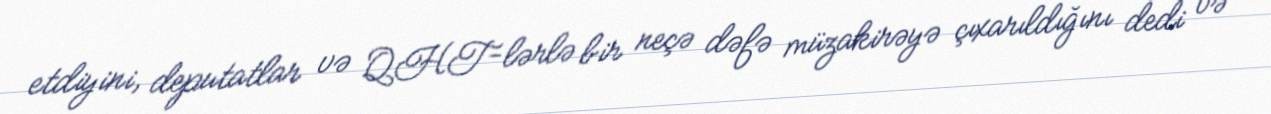
etdiyini, deputatlar və QHT-lərlə bir neçə dəfə müzakirəyə çıxarıldığını dedi və